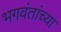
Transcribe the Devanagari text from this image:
भगवंतांच्या